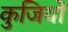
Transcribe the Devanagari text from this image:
कुजियों